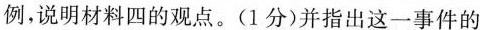
例，说明材料四的观点。(1分)并指出这一事件的